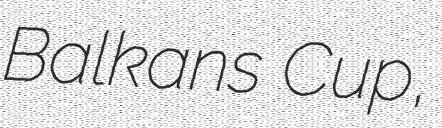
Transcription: Balkans Cup,